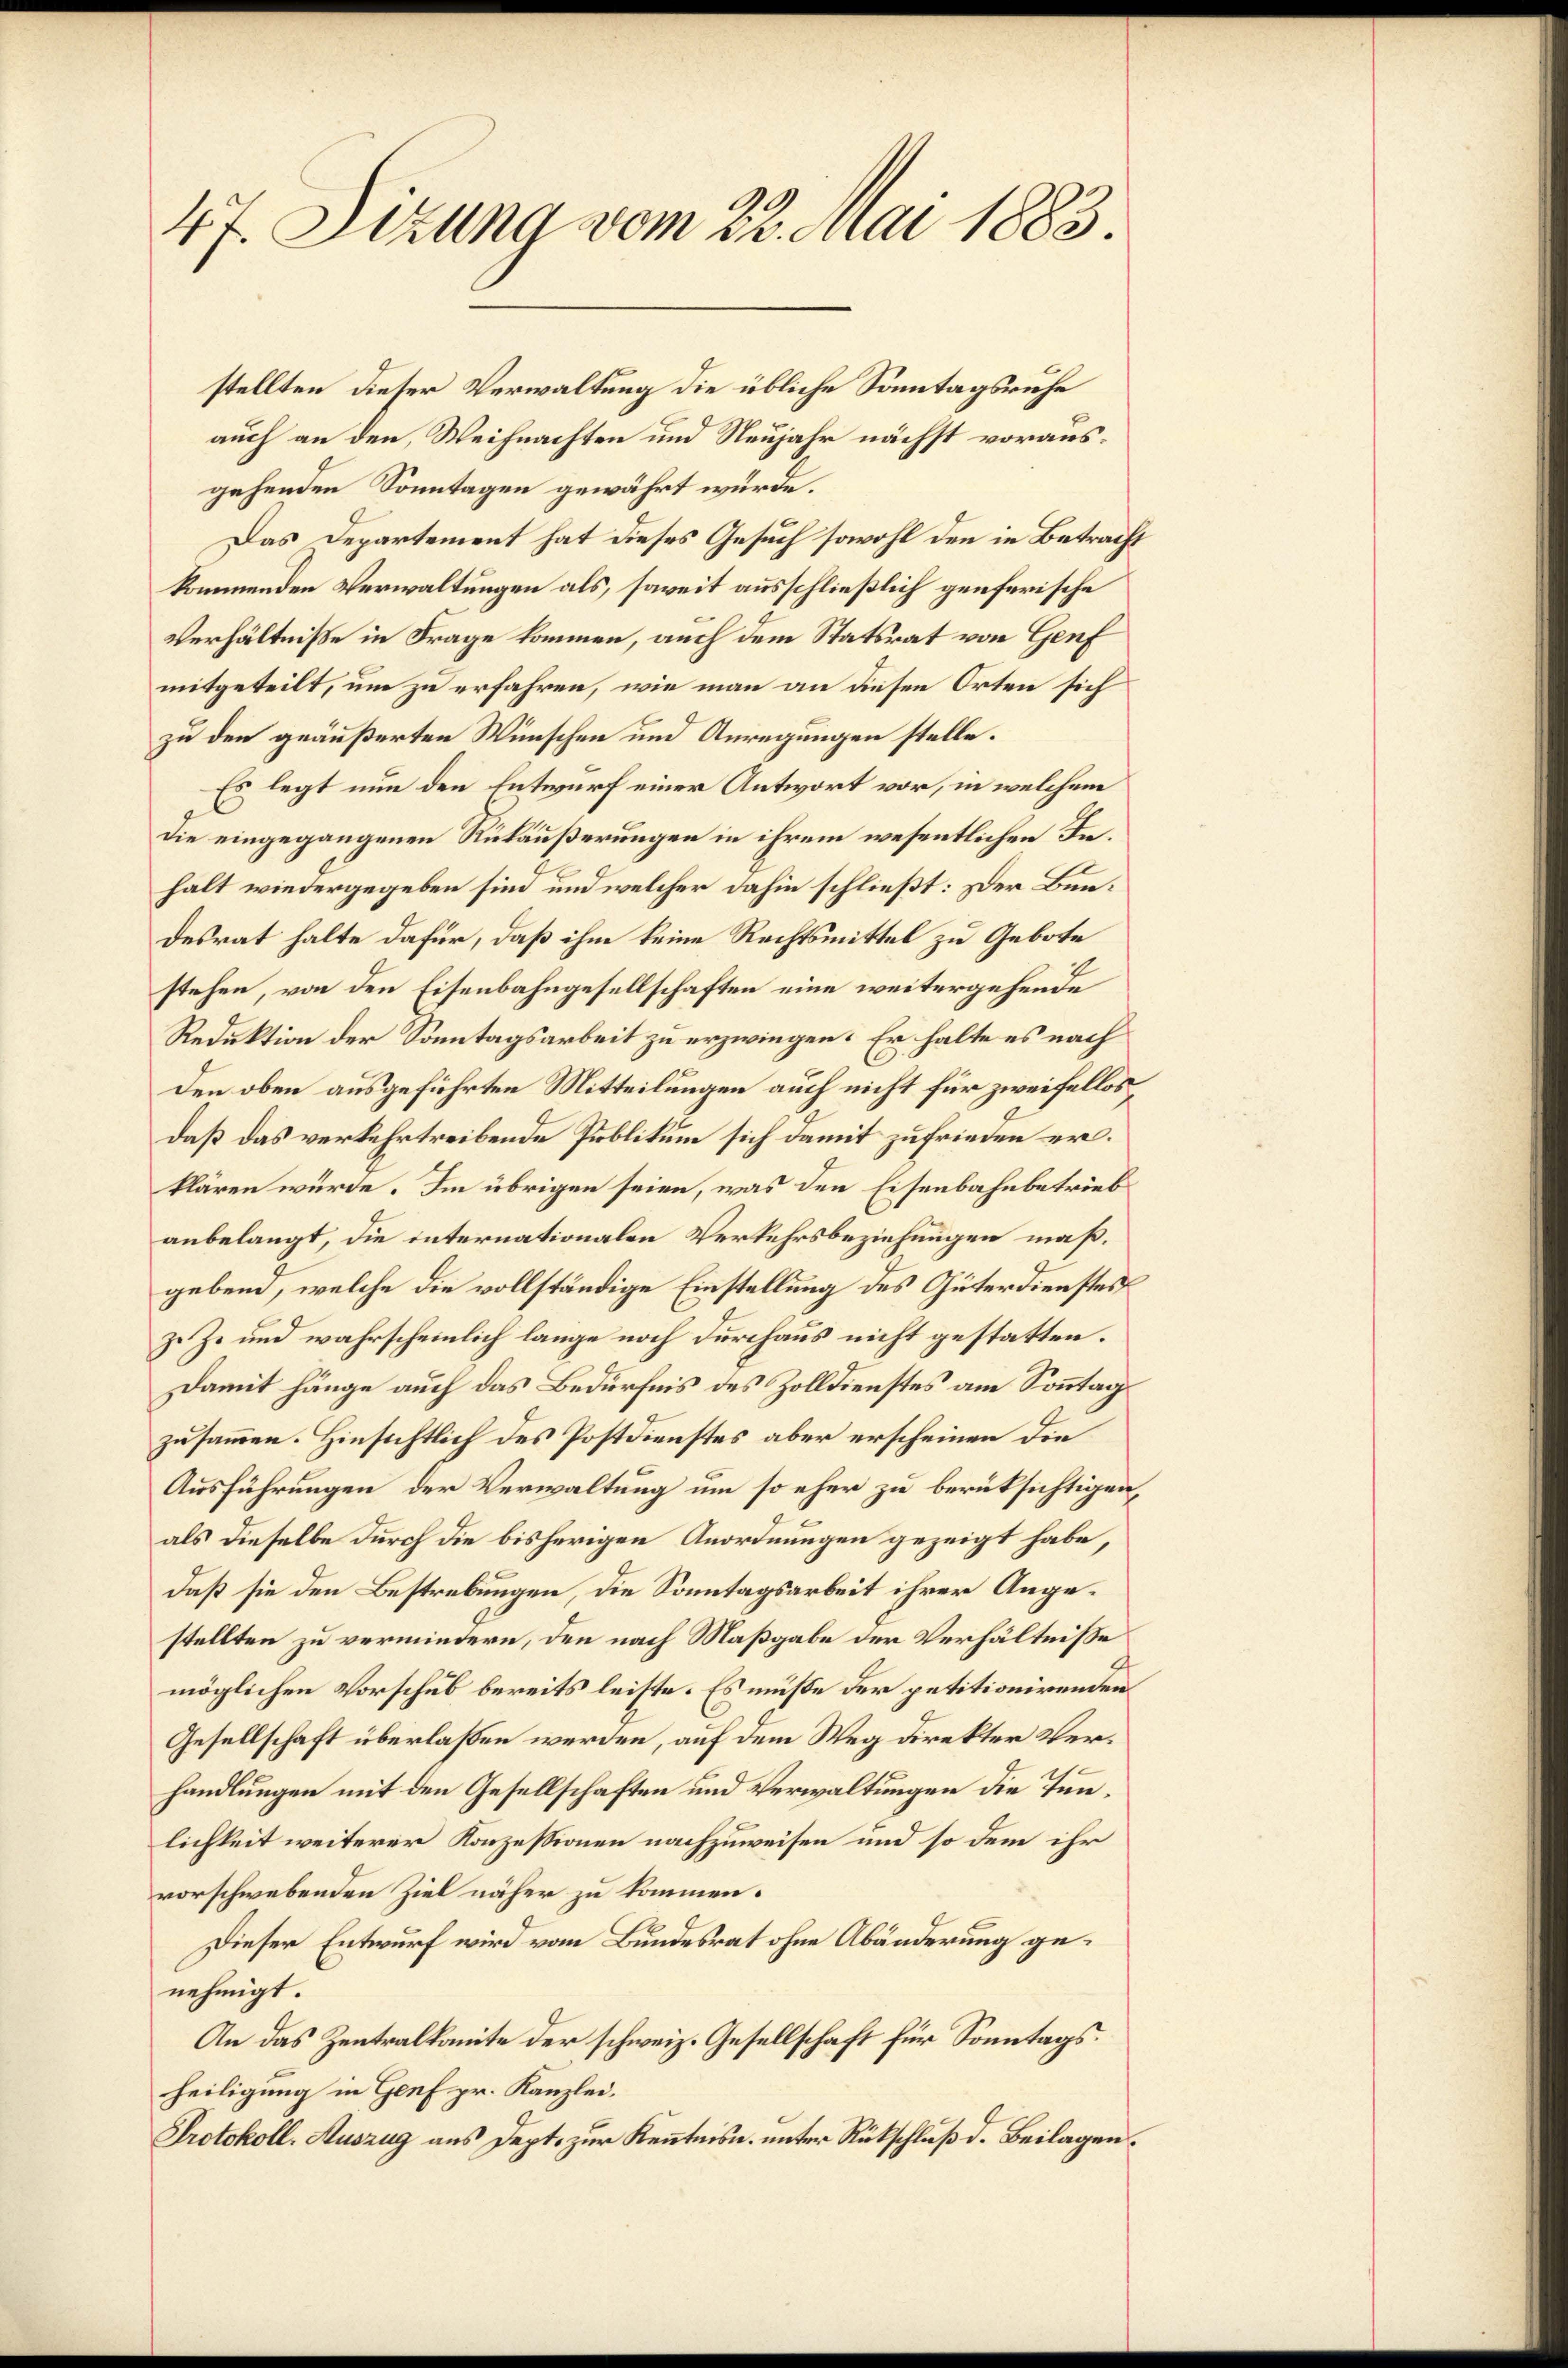
47. Sizung vom 22. Mai 1883

auch an den Weihnachten und Neujahr nächst vorausgehenden Sonntagen gewährt würde.
Das Departement hat dieses Gesuch sowohl den in Betracht
kommenden Verwaltungen als, soweit ausschließlich genferische
Verhältniße in Frage kommen, auch dem Statsrat von Genf
mitgeteilt, um zu erfahren, wie man an diesen Orten sich
zu den geäußerten Wünschen und Anregungen stelle.
Es legt nun den Entwurf einer Antwort vor, in welchem
die eingegangenen Rükäußerungen in ihrem wesentlichen Inhalt wiedergegeben sind und welcher dahin schließt: Der Bundesrat halte dafür, daß ihm keine Rechtsmittel zu Gebote
stehen, von den Eisenbahngesellschaften eine weitergehende
Reduktion der Sonntagsarbeit zu erzwingen. Er halte es nach
den oben ausgeführten Mitteilungen auch nicht für zweifellos
daß das verkehrtreibende Publikum sich damit zufrieden erklären würde. Im übrigen seien, was den Eisenbahnbetrieb
anbelangt, die internationalen Verkehrsbeziehungen mäßgebend, welche die vollständige Einstellung des Güterdienstes
z. Je und wahrscheinlich lange noch durchaus nicht gestatten.
Damit hänge auch das Bedürfnis des Zolldienstes am Sonntags
zusammen. Hinsichtlich des Postdienstes aber erscheinen die
Ausführungen der Verwaltung um so eher zu berüksichtigen,
als dieselbe durch die bisherigen Anordnungen gezeigt habe,
daß sie den Bestrebungen, die Sonntagsarbeit ihrer Angestellten zu vermindern, den nach Maßgabe der Verhältnisse
möglichen Vorschub bereits leiste. Es müße der petitionirenden
Gesellschaft überlaßen werden, auf dem Weg direkter Verhandlungen mit den Gesellschaften und Verwaltungen die Tunlichkeit weiterer Konzessionen nachzuweisen und so dem ihr
vorschwebenden Ziel näher zu kommen.
Dieser Entwurf wird vom Bundesrat ohne Abänderung genehmigt.
An das Zentralkomite der schweiz. Gesellschaft für Sonntags.
heiligung in Genf pr. Kanzlei.
Protokoll. Auszug aus Dept. zur Kenntnisn. unter Rückschluß d. Beilagen.

stellten dieser Verwaltung die übliche Sonntagsruhe